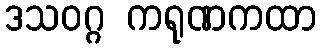
ဒသဝဂ္ဂ ကရုဏကထာ